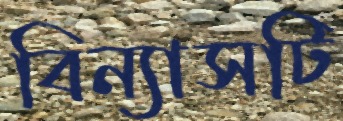
বিন্যাসটি